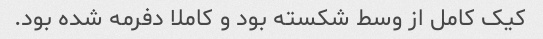
کیک کامل از وسط شکسته بود و کاملا دفرمه شده بود.